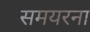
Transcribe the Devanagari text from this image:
समयरना